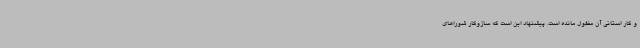
و کار استانی آن مغفول مانده است. پیشنهاد این است که سازوکار شوراهای